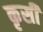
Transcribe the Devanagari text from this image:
कृसी